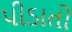
પીડાતો